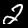
Label: 2